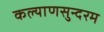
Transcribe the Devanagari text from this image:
कल्याणसुन्दरम